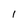
Character: l